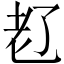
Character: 𬚊